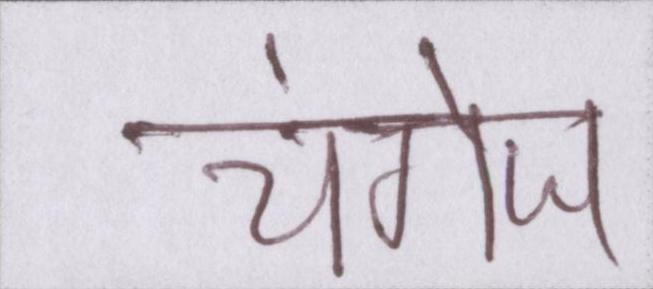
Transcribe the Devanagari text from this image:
चंगेज